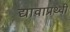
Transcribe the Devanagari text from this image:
द्यावाप्रथ्वी